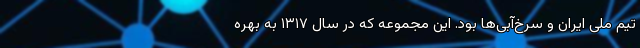
تیم ملی ایران و سرخ‌آبی‌ها بود. این مجموعه که در سال ۱۳۱۷ به بهره